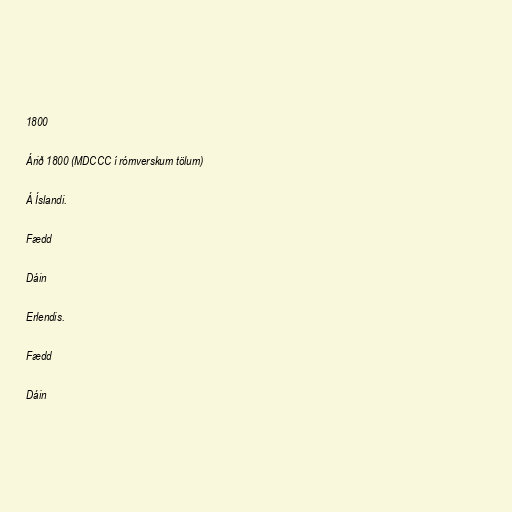
1800

Árið 1800 (MDCCC í rómverskum tölum)

Á Íslandi.

Fædd

Dáin

Erlendis.

Fædd

Dáin